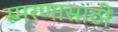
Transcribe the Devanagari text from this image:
स्मरणासाठी